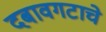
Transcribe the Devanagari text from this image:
दबावगटाचे